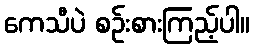
ကေသီပဲ စဉ်းစားကြည့်ပါ။